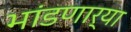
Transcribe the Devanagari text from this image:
भांडणार्या